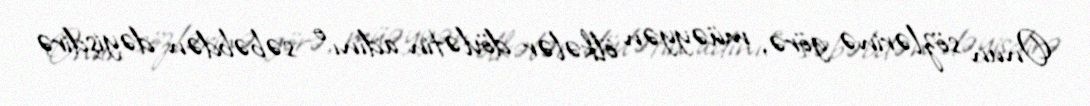
Onun sözlərinə görə, müəyyən ölkələr dövlətin adını o səbəbdən dəyişdirə